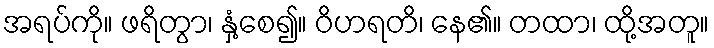
အရပ်ကို။ ဖရိတွာ၊ နှံ့စေ၍။ ဝိဟရတိ၊ နေ၏။ တထာ၊ ထို့အတူ။